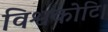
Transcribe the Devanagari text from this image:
विश्वकोटि।